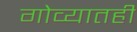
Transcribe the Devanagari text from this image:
गोव्यातही